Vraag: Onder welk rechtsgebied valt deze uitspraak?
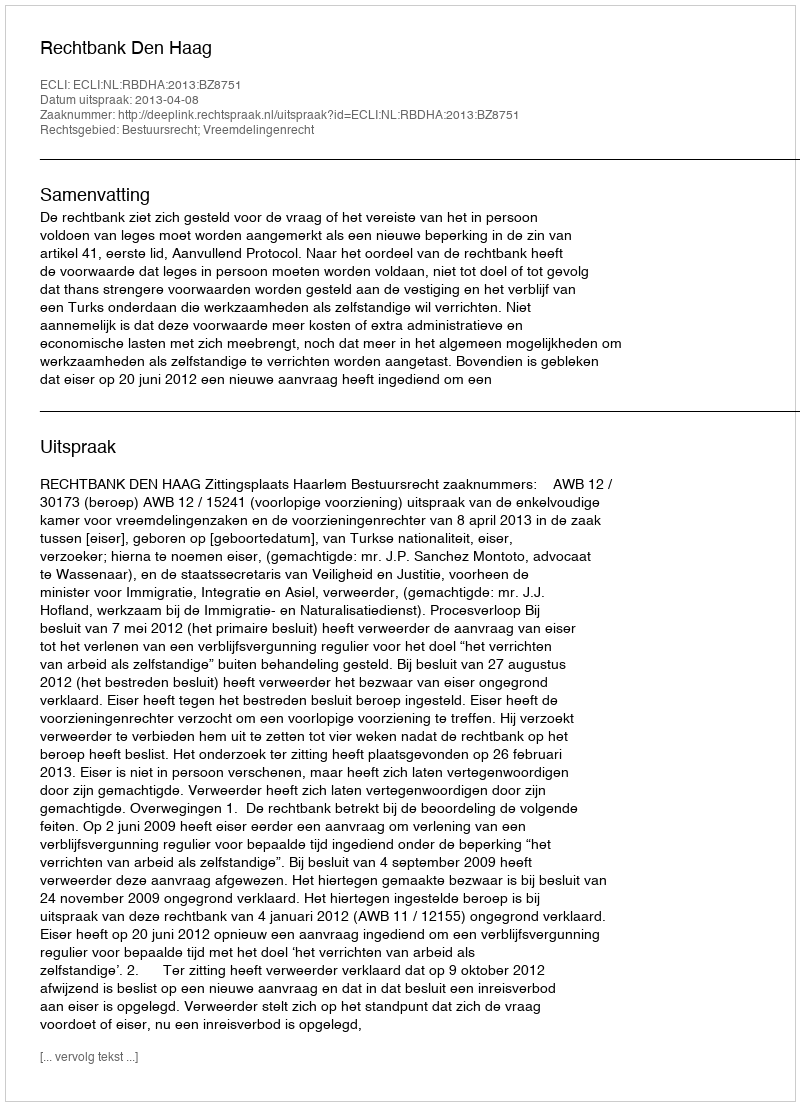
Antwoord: Bestuursrecht; Vreemdelingenrecht